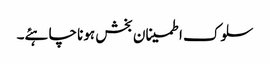
سلوک اطمینان بخش ہونا چاہئے۔